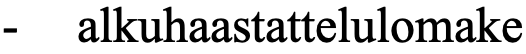
-  alkuhaastattelulomake